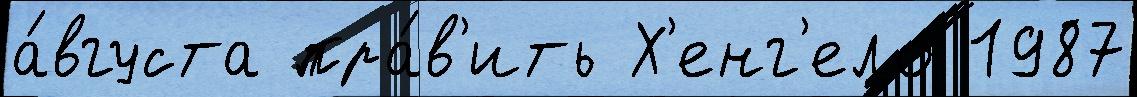
а́вгуста пра́в'ить Х'енг'ело 1987